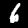
Label: 6